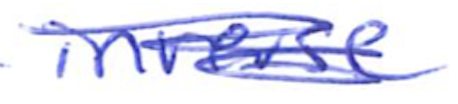
Text: inverse
Cross-out: scratch
Writing tool: ballpoint